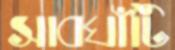
সাবঘাঁটি